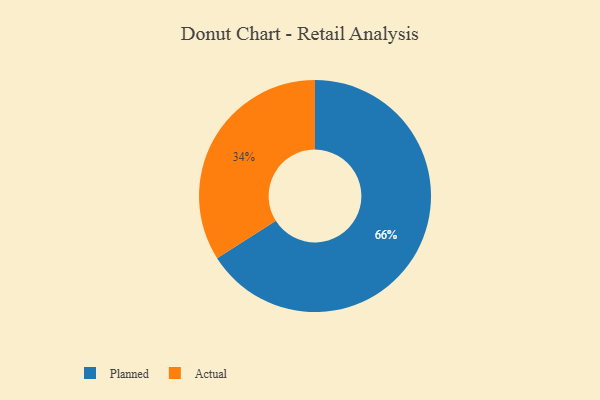
{"axis": {"x": "Category", "y": "Percentage"}, "legend": ["Actual", "Planned"], "data": [{"x": "Planned", "y": 66, "type": "Planned"}, {"x": "Actual", "y": 34, "type": "Actual"}]}